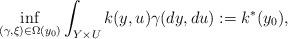
LaTeX: \begin{align*}\inf_{(\gamma, \xi)\in \Omega(y_0)}\int_{Y\times U}k(y,u)\gamma(dy,du):= k^*(y_0),\end{align*}